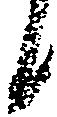
候